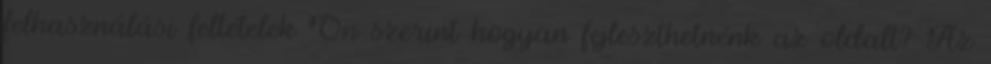
felhasználási feltételek Ön szerint hogyan fejleszthetnénk az oldalt? Az